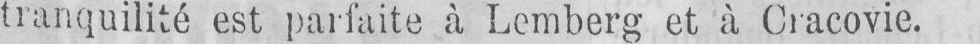
tranquilité est parfaite à Lemberg et à Cracovie.